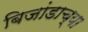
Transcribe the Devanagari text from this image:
बिजांडाच्या